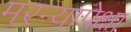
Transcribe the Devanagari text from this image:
मरन्यापेक्षा